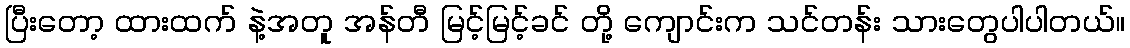
ပြီးတော့ ထားထက် နဲ့အတူ အန်တီ မြင့်မြင့်ခင် တို့ ကျောင်းက သင်တန်း သားတွေပါပါတယ်။